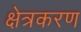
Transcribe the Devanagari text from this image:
क्षेत्रकरण